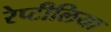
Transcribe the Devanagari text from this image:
रेप्टीलिया